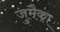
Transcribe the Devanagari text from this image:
जुमैका